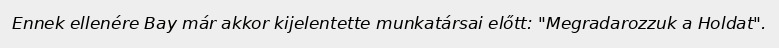
Ennek ellenére Bay már akkor kijelentette munkatársai előtt: "Megradarozzuk a Holdat".